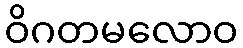
ဝိဂတမလောဝ